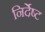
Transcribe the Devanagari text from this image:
निर्देष्ट